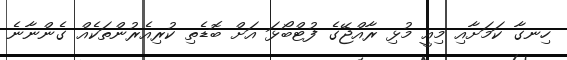
ހިނގާ ކަމަށާއި މިއީ މުޅި ރާއްޖޭގެ ފުޓްބޯޅަ އަށް ބޮޑެތި ކުރިއެރުންތަކެއް ގެންނާނެ